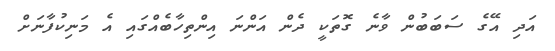
އަދި އޭގެ ސަބަބުން ވާނެ ގޮތަކީ ދެން އަންނަ އިންތިހާބެއްގައި އެ މަނިކުފާނަށް